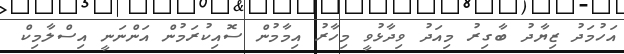
އަހުމަދު ޒިޔާދު ބާގިރު މިއަދު ވިދާޅުވީ މިހާރު އިމާމުން ސޮއިކުރަމުން އަންނަނީ އިސްލާމިކް